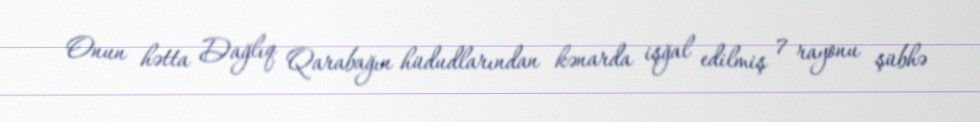
Onun hətta Dağlıq Qarabağın hüdudlarından kənarda işğal edilmiş 7 rayonu şübhə